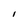
Character: i